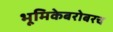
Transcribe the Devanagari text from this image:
भूमिकेबरोबरच